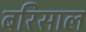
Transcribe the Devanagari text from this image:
बरिसाल